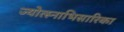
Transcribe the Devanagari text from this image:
ज्योत्स्नाभिसारिका